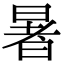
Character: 暑